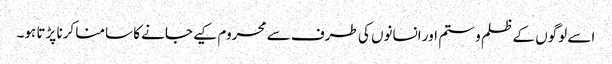
اسے لوگوں کے ظلم و ستم اور انسانوں کی طرف سے محروم کیے جانے کا سامنا کرنا پڑتا ہو۔